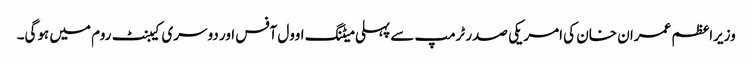
وزیراعظم عمران خان کی امریکی صدر ٹرمپ سے پہلی میٹنگ اوول آفس اور دوسری کیبنٹ روم میں ہوگی۔